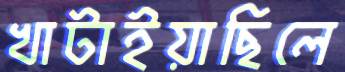
খাটাইয়াছিলে